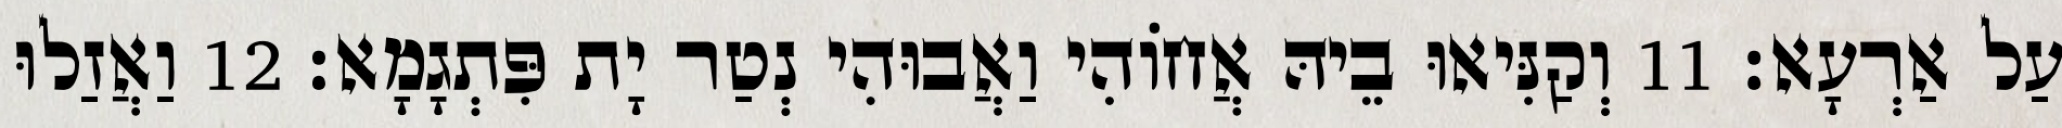
עַל אַרְעָא׃ 11 וְקַנִּיאוּ בֵיהּ אֲחוֹהִי וַאֲבוּהִי נְטַר יָת פִּתְגָמָא׃ 12 וַאֲזַלוּ